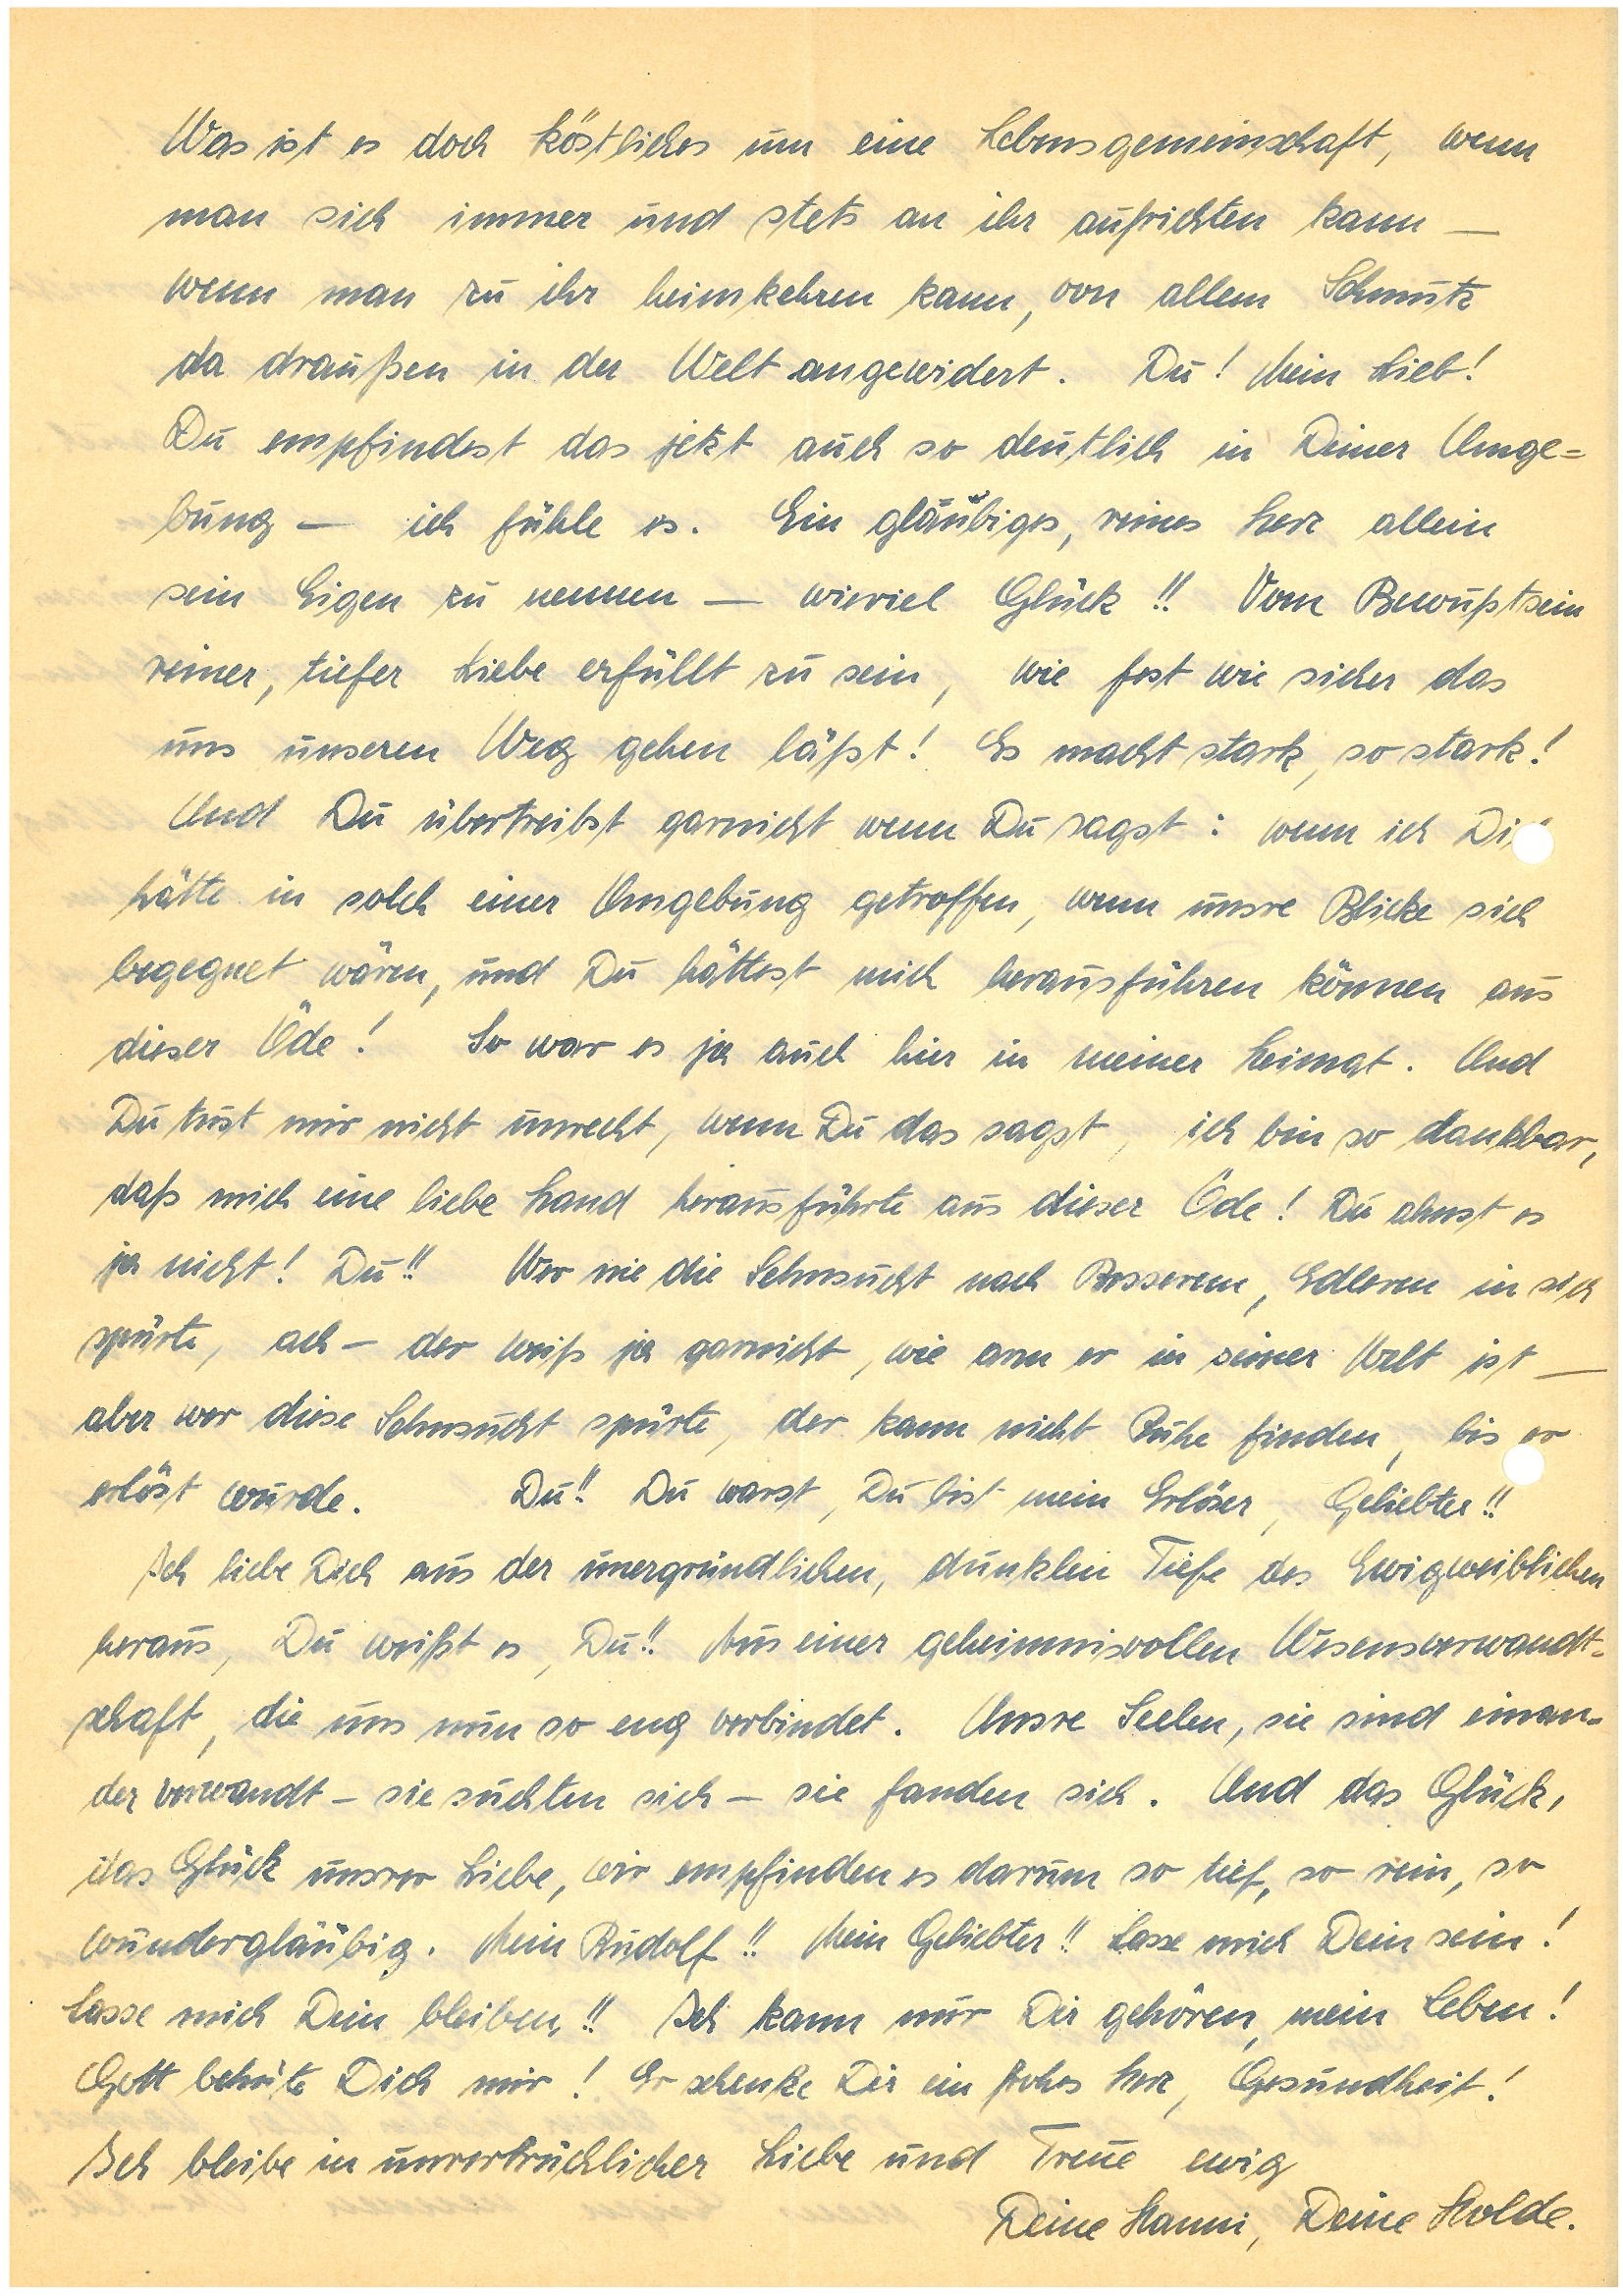
Was ist es doch köstliches um eine Lebensgemeinschaft, wenn
man sich immer und stets an ihr aufrichten kann –
wenn man zu ihr heimkehren kann, von allem Schmutz
da draußen in der Welt angewidert. Du! Mein Lieb!
Du empfindest das jetzt auch so deutlich in Deiner Umge¬
bung — ich fühle es. Ein gläubiges, reines Herz allein
sein Eigen zu nennen – wieviel Glück!! Vom Bewußtsein
reiner, tiefer Liebe erfüllt zu sein, wie fest wie sicher das
uns unseren Weg gehen läßt! Es macht stark, so stark!
Und Du übertreibst garnicht wenn Du sagst: wenn ich Di
hätte in solch einer Umgebung getroffen, wenn unsre Blicke sich
begegnet wären, und Du hättest mich herausführen können aus
dieser Öde! So war es ja auch hier in meiner Heimat. Und
Du tust mir nicht unrecht, wenn Du das sagst, ich bin so dankbar,
daß mich eine liebe Hand herausführte aus dieser Öde! Du ahnst es
ja nicht! Du!! Wer nie die Sehnsucht nach Besserem, Edleren in sich
spürte, ach – der weiß ja garnicht, wie arm er in seiner Welt ist —
aber wer diese Sehnsucht spürte, der kann nicht Ruhe finden, bis er
erlöst würde. Du!! Du warst, Du bist mein Erlöser, Geliebter!!
Ich liebe Dich aus der unergründlichen, dunklen Tiefe des Ewigweiblichen
heraus, Du weißt es, Du!! Aus einer geheimnisvollen Wesensverwandt¬
schaft, die uns nun so eng verbindet. Unsre Seelen, sie sind einan¬
der verwandt – sie suchten sich – sie fanden sich. Und das Glück,
das Glück unsrer Liebe, wir empfinden es darum so tief, so
rein, so wundergläubig. Mein!! Mein Geliebter!! Lasse mich Dein sein!
Lasse mich Dein bleiben!! Ich kann nur Dir gehören, mein Leben!
Gott behüte Dich mir! Er schenke Dir ein frohes Herz, Gesundheit!
Ich bleibe in unverbrüchlicher Liebe und Treue ewig
Deine , Deine Holde.